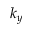
k _ { y }